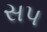
સપ